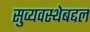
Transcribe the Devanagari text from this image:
सुव्यवस्थेबद्दल